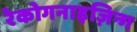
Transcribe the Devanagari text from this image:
रेकोगनाइज़िन्ग